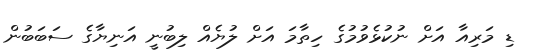
ޑި މަރިއާ އަށް ނުކުޅެވުމުގެ ހިތާމަ އަށް ލުޔެއް ލިބުނީ އަނިޔާގެ ސަބަބުން